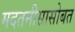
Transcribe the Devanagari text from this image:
मदतनीसासोबत